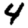
Digit: 4